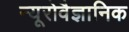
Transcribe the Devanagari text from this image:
न्यूरोवैज्ञानिक